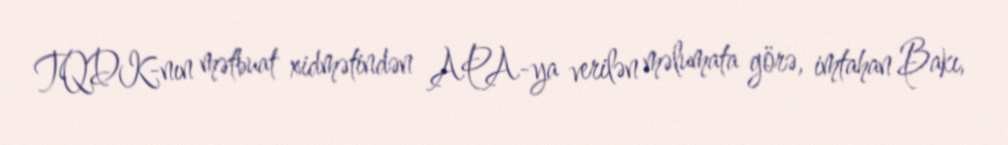
TQDK-nın mətbuat xidmətindən APA-ya verilən məlumata görə, imtahan Bakı,